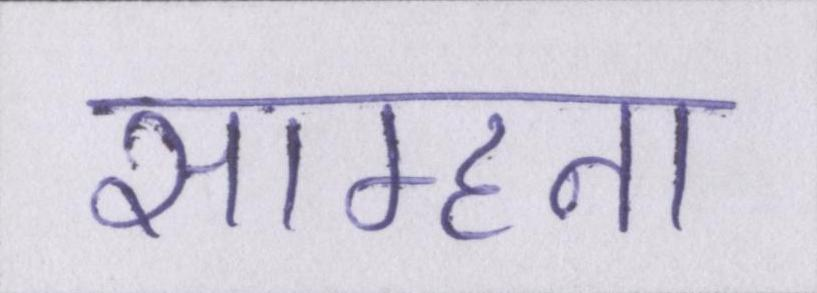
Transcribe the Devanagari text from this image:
साम्हना